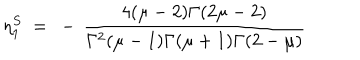
\eta _ { 1 } ^ { S } ~ = ~ - \, \frac { 4 ( \mu - 2 ) \Gamma ( 2 \mu - 2 ) } { \Gamma ^ { 2 } ( \mu - 1 ) \Gamma ( \mu + 1 ) \Gamma ( 2 - \mu ) }